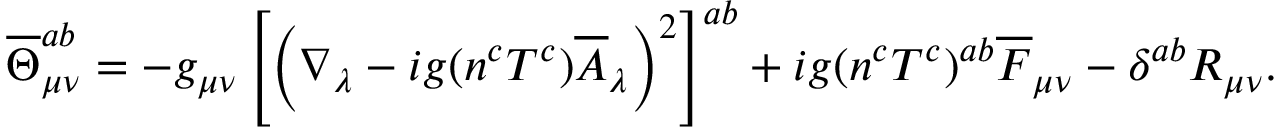
\overline { { { \Theta } } } _ { \mu \nu } ^ { a b } = - g _ { \mu \nu } \left[ \left( \nabla _ { \lambda } - i g ( n ^ { c } T ^ { c } ) \overline { { { A } } } _ { \lambda } \right) ^ { 2 } \right] ^ { a b } + i g ( n ^ { c } T ^ { c } ) ^ { a b } \overline { { { F } } } _ { \mu \nu } - \delta ^ { a b } R _ { \mu \nu } .